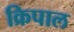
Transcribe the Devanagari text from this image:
क्रिपाल